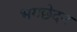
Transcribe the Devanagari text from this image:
भगछेदन